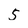
Character: 5